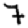
Digit: 7